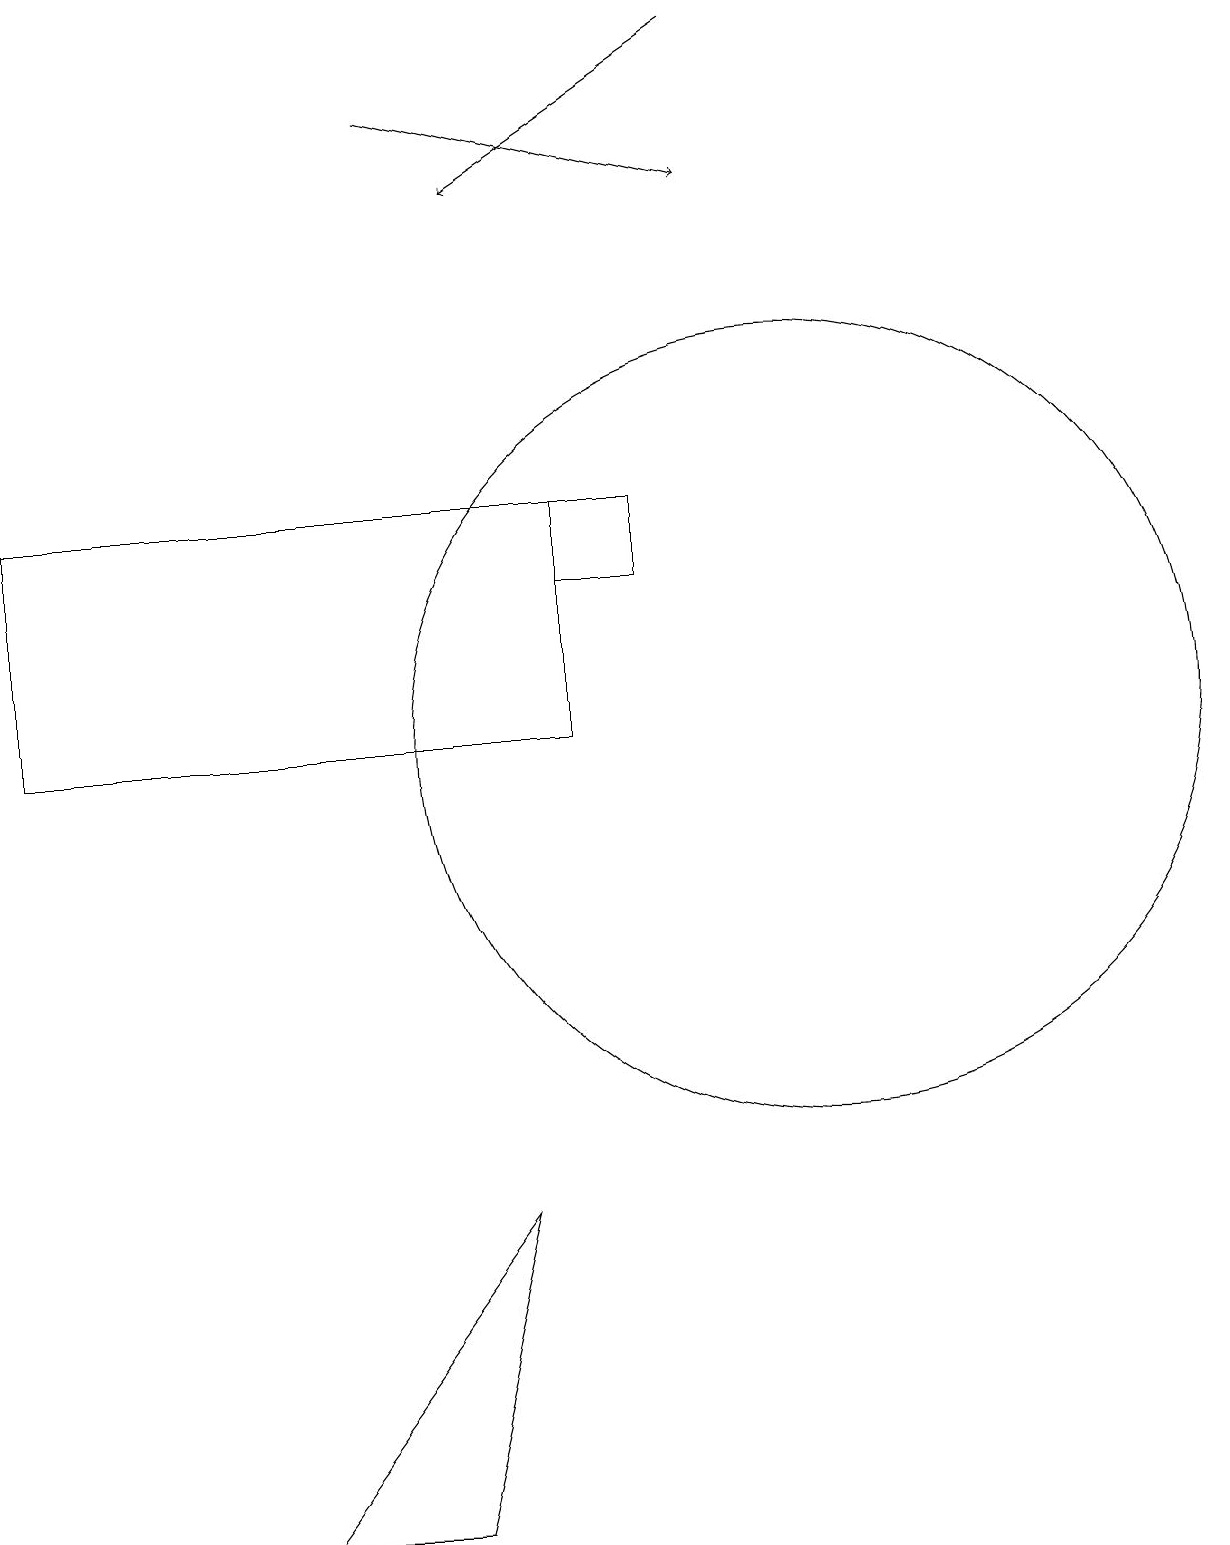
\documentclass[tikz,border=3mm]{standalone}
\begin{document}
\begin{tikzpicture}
\draw (7,10) rectangle (0,13);
\draw (10,10) circle (5);
\draw (6,4) -- (5,0) -- (3,0) -- cycle;
\draw[->] (9,19) -- (6,17);
\draw[->] (5,18) -- (9,17);
\draw (8,12) rectangle (7,13);
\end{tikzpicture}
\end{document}